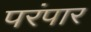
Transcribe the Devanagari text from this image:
परंपार